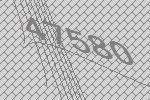
47580